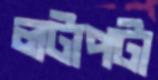
লটাপটা